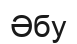
Әбу